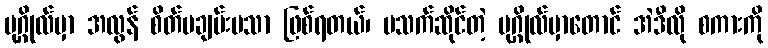
ပုဂ္ဂိုလ်မှာ အလွန် စိတ်မချမ်းမသာ ဖြစ်ရတယ်၊ မသက်ဆိုင်တဲ့ ပုဂ္ဂိုလ်မှာတောင် အဲဒီလို စကားကို